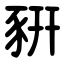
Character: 豣